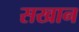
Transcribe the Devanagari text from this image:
सखान